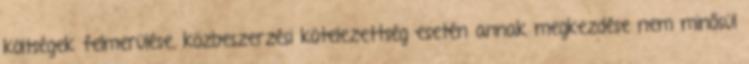
költségek felmerülése, közbeszerzési kötelezettség esetén annak megkezdése nem minősül